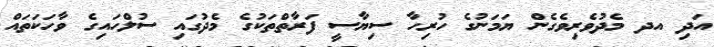
އަދި އދ މެދުވެރިވެގެން ޔަމަނުގެ ހުރިހާ ސިޔާސީ ފަރާތްތަކުގެ މެދުގައި ސުލްހައިގެ ވާހަކަތައް